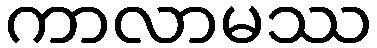
ကာလာမဿ